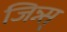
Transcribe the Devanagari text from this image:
जिन्न्स्